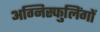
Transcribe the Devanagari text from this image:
अग्निस्फुलिंगों